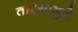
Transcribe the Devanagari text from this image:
ताऱ्यामुळे